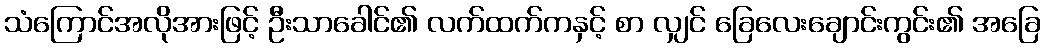
သံကြောင်အလိုအားဖြင့် ဦးသာခေါင်၏ လက်ထက်ကနှင့် စာ လျှင် ခြေလေးချောင်းကွင်း၏ အခြေ